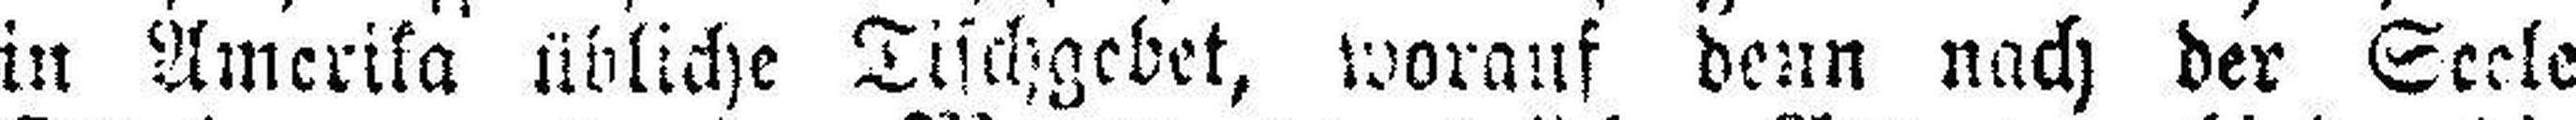
in Amerika übliche Tischgebet, worauf denn nach der Seele